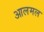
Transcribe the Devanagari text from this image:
आलमल